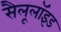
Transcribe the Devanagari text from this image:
सैलूलॉइड